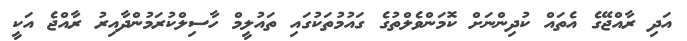
އަދި ރާއްޖޭގެ އެތައް ކުދިންނަށް ކޮމަންވެލްތުގެ ގައުމުތަކުގައި ތައުލީމް ހާސިލްކުރަމުންދާއިރު ރާއްޖެ އަކީ